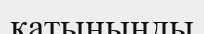
қатыныңды